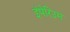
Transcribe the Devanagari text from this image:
इंपेरिउम